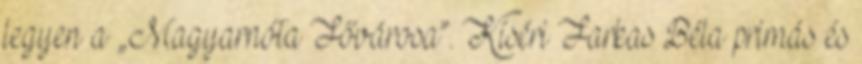
legyen a „Magyarnóta Fővárosa”. Kíséri Farkas Béla primás és